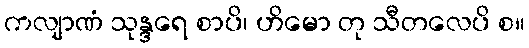
ကလျာဏံ သုန္ဒရေ စာပိ၊ ဟိမော တု သီတလေပိ စ။